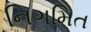
નિગમિત